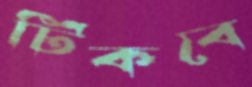
টিকবে